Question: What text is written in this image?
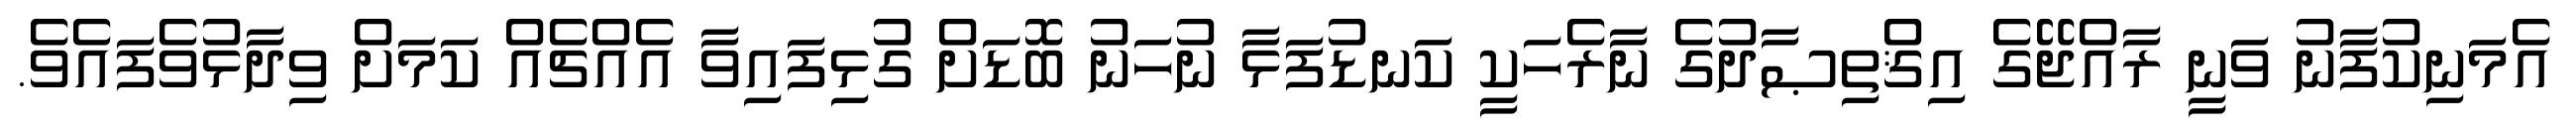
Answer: އެމަނިކުފާނު ވަނީ ރާއްޖޭގެ އިޤްތިޞާދުގެ ނާރެހަކީ ކަނޑުފަޅާ ނުހަނު ބޮޑަށް ގުޅިފައިވާ އެއްޗެއް ކަމަށް ވިދާޅުވެފައެވެ.